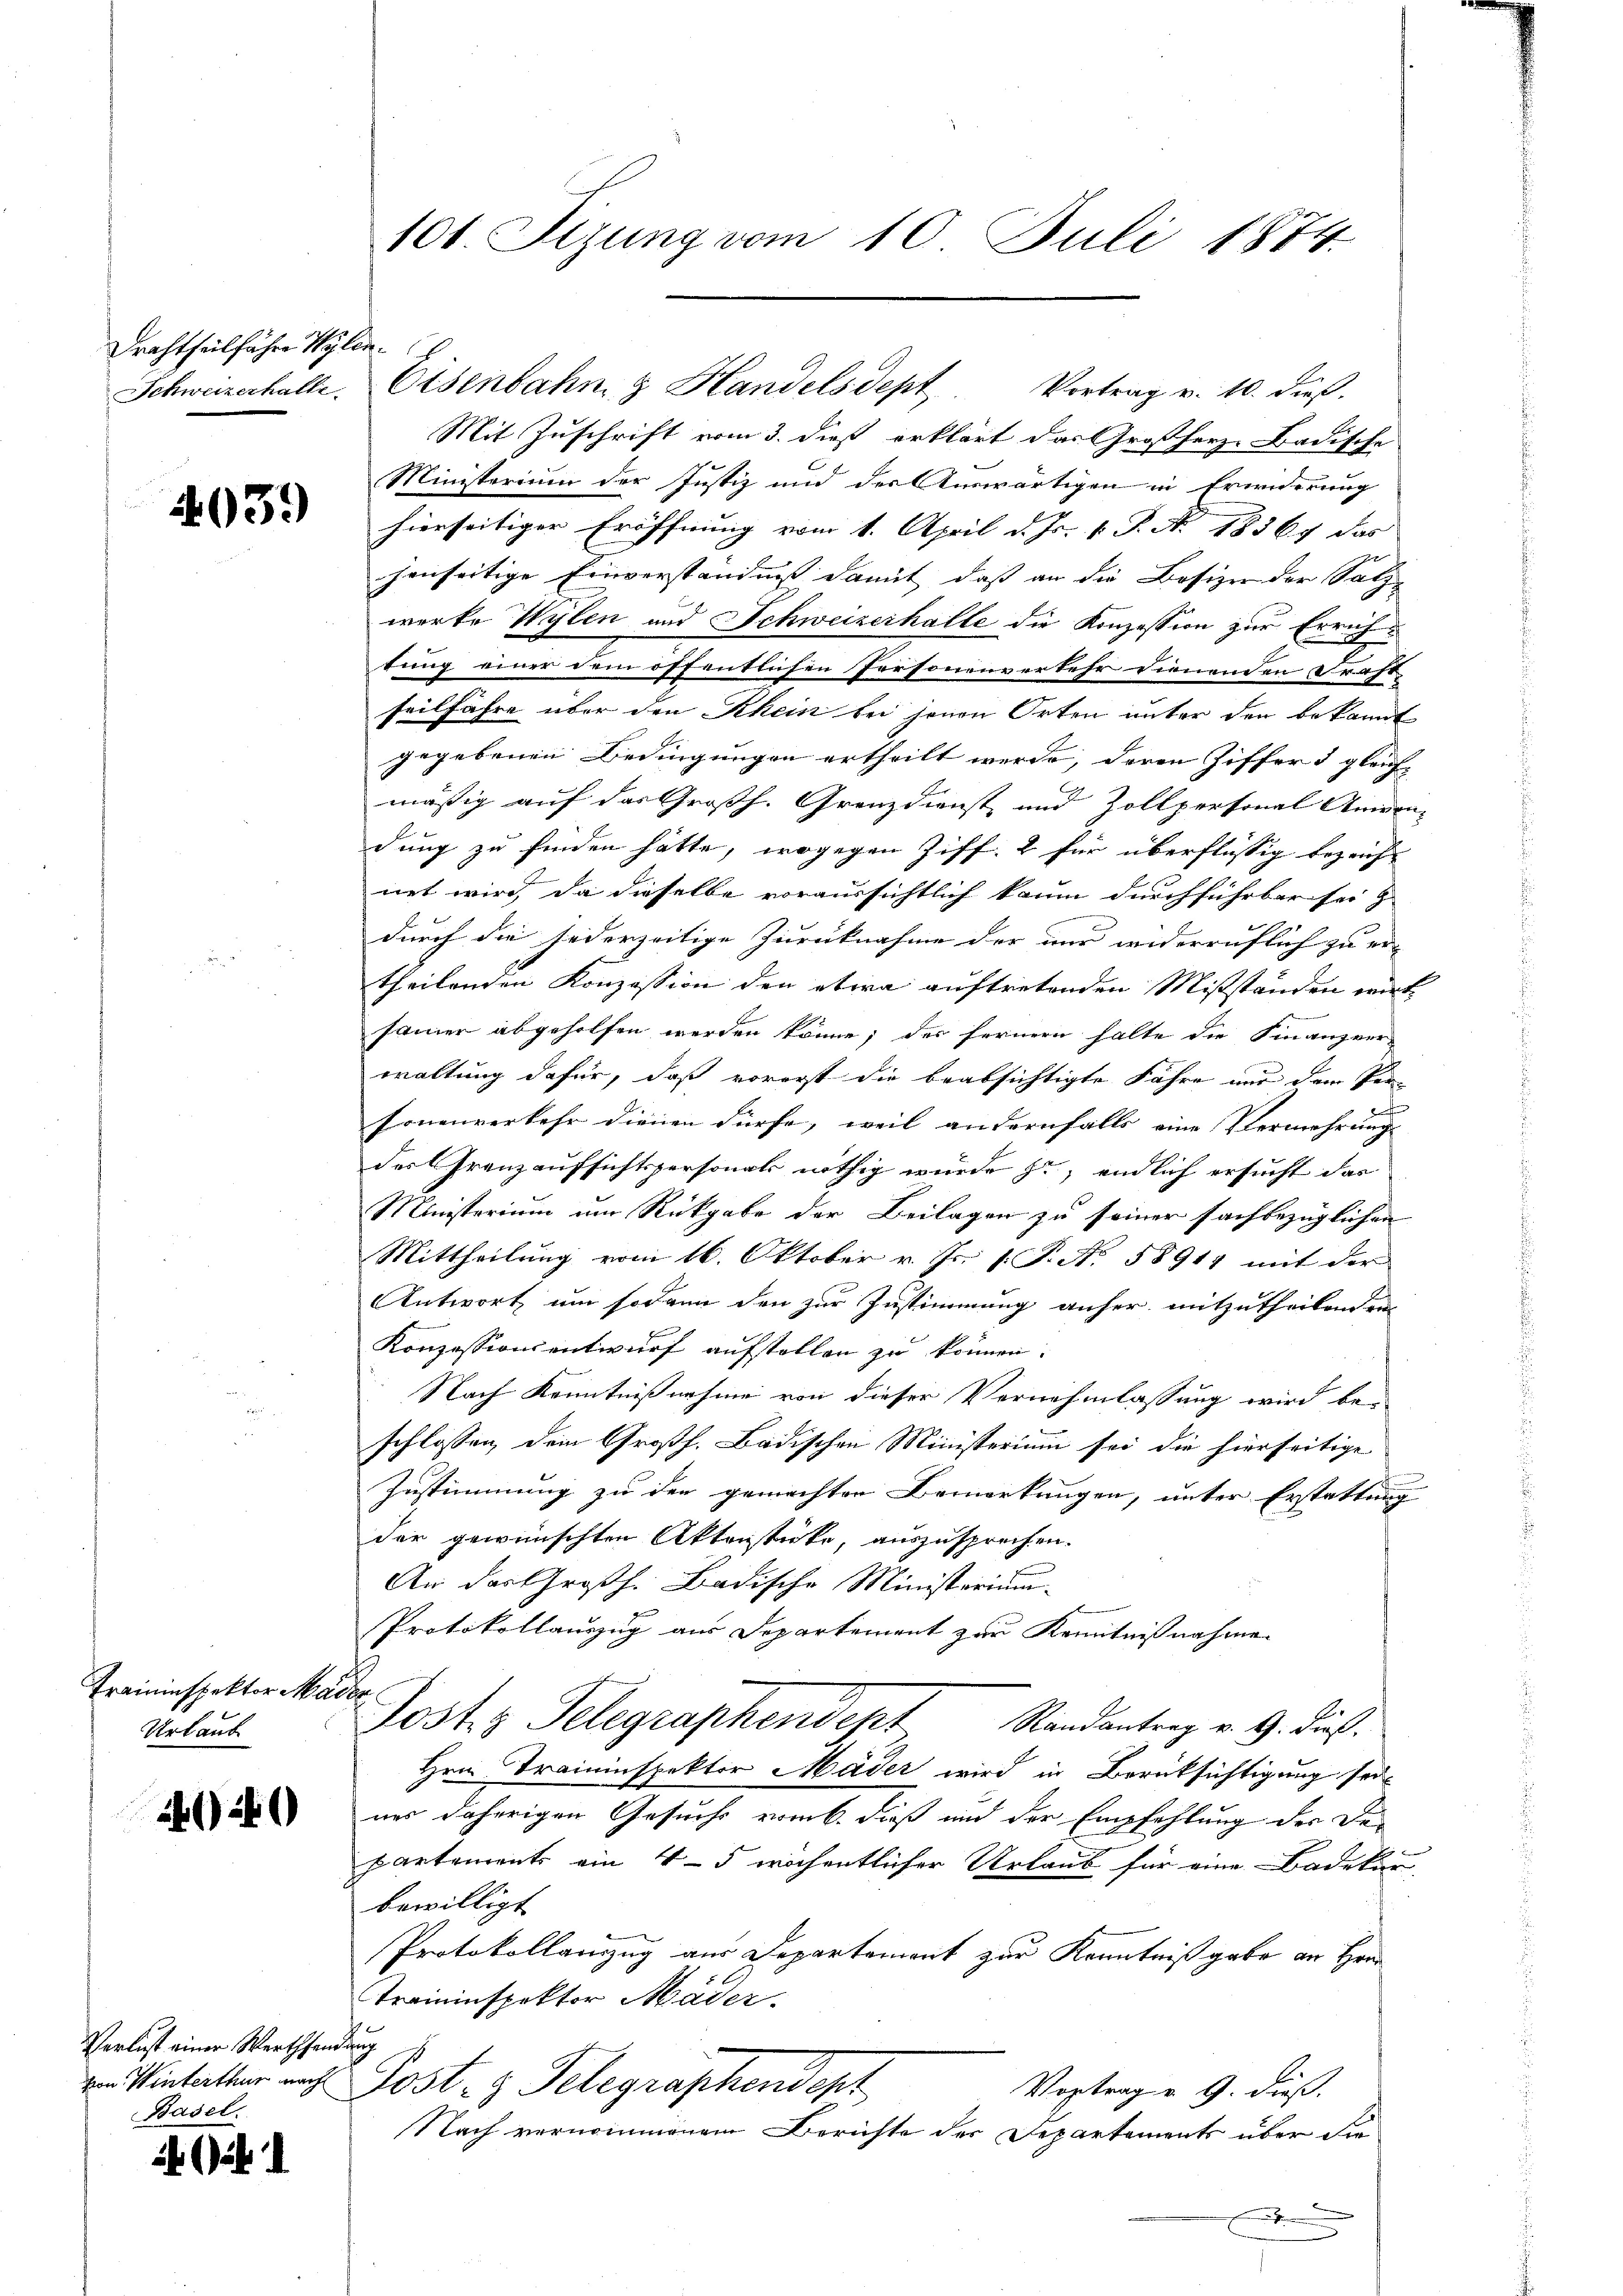
Drachtheilfahre Wylen¬
Schweizerhalte.

039

Traininspektor Mal.
Urlaub

226

Verlust einer Werth fand.
von Winterthur nach
Basel.

101 Sizung vom 10. Juli 1874.

Mit Zuschrift vom 3. dieß erklärt das Großherz-Badische
Ministerium der Justiz und der Auswärtigen in Erwiderung
hierseitiger Eröffnung vom 1. April d. Js. v. P. Nr. 18367 das
jenseitige Einverständnis damit, daß an die Besizen der Salz-
werke Wylen und Schweizerhalle die Konzession zur Errichtung einer dem öffentlichen Personenverkehr dienenden Kraft
seilfahre über den Rhein bei jenen Orten unter den bekannt
gegebenen Bedingungen ertheilt werde, deren Ziffers gleich- |
mäßig auf das Großh. Grenz dienst, und Zollpersonal Aner-
dung zu finden hätte, wogegen Ziff. 2 für überflüssig bezeicht
net wird da dieselbe voraussichtlich kaum durchführbar sei zu
durch die jederzeitige Zurücknahme der und widerruflich zu er-
theilenden Konzession den etwa auftretenden Mißständen wirk
samer abgeholfen werden könne; der fernern halte die Finanzver
waltung dafür, daß vorerst die beabsichtigte Jahre nur dem Per-
sonenverkehr dienen dürfe, weil andernfalls eine Vermehrung
des Granzaufsichtspersonats nöthig wurde zu, endlich ersucht das
Ministerium um Rückgabe der Beilagen zu seiner sachbezüglichen
Mittheilung vom 16. Oktober v. Js. 1. P. Nr. 58911 mit der
Antwort um sodann den zur Zustimmung anher mitzutheilenden
Konzessionsentwurf aufstellen zu können.
Nach Kenntnißnahme von dieser Vernehmlassung wird beschlossen, dem Großh. Badischen Ministerium sei die hierseitige
Zustimmung zu der gemachten Bemerkungen, unter Erstattung
der gewünschten Aktenstücke, auszusprechen.
An der Großh. Badische Ministerium
Protokollauszug aus Departement zur Kenntnißnahme
Jostiz Telegraphendept Randantrag v. 9. dieß.
Hrn. Traininspektor Mader wird in Berüksichtigung sei
nes daherigen Gesuchs vom 6. dieß und der Empfehlung der De
partements ein 4-5 wöchentlicher Urlaub für eine Badekur
bewilligt
Protokollanzug aus Departement zur Kenntnißgabe an Hrrn
Traininspektor Mäder.
für
Jost- & Telegraphendept
Vortrag v. 9. dieß.
Nach vernommenem Berichte des Departements über die
.

Eisenbahn & Handelsdept Vortrag v. 10. dieβ.